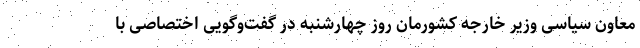
معاون سیاسی وزیر خارجه کشورمان روز چهارشنبه در گفت‌وگویی اختصاصی با